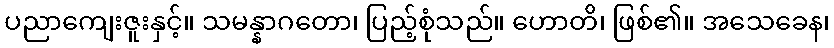
ပညာကျေးဇူးနှင့်။ သမန္နာဂတော၊ ပြည့်စုံသည်။ ဟောတိ၊ ဖြစ်၏။ အသေခေန၊